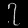
Digit: ၇